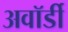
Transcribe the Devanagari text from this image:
अवॉर्डी